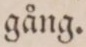
gång.